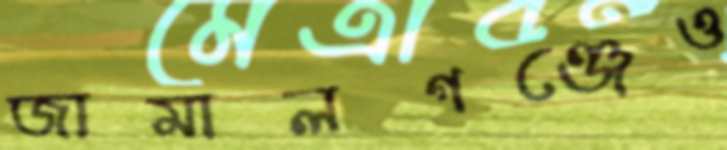
জামালগঞ্জেও